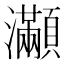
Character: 𤅎